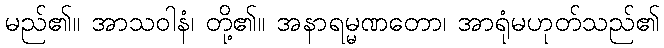
မည်၏။ အာသဝါနံ၊ တို့၏။ အနာရမ္မဏတော၊ အာရုံမဟုတ်သည်၏